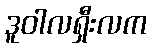
ဒူဝါလရှီးလက